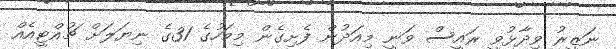
ނަޒީރު ވިދާޅުވީ ރައީސް ވަނީ މިއަދުން ފެށިގެން މިމަހުގެ 31ގެ ނިޔަލަށް ޗުއްޓީއެއް